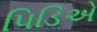
પિડિએ